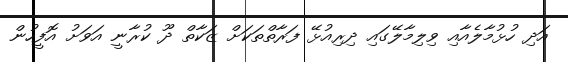
އަދި ހުޅުމާލެއާއި ވިލިމާލޭގައި ދިރިއުޅޭ ފަރާތްތަކަށް ޒަކާތް ދޫ ކުރާނީ އަވަށު އޮފީހުން